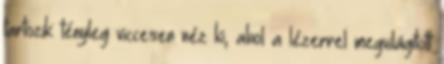
tartozik: tényleg viccesen néz ki, ahol a lézerrel megvilágított